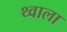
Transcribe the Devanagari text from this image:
थ्वाला